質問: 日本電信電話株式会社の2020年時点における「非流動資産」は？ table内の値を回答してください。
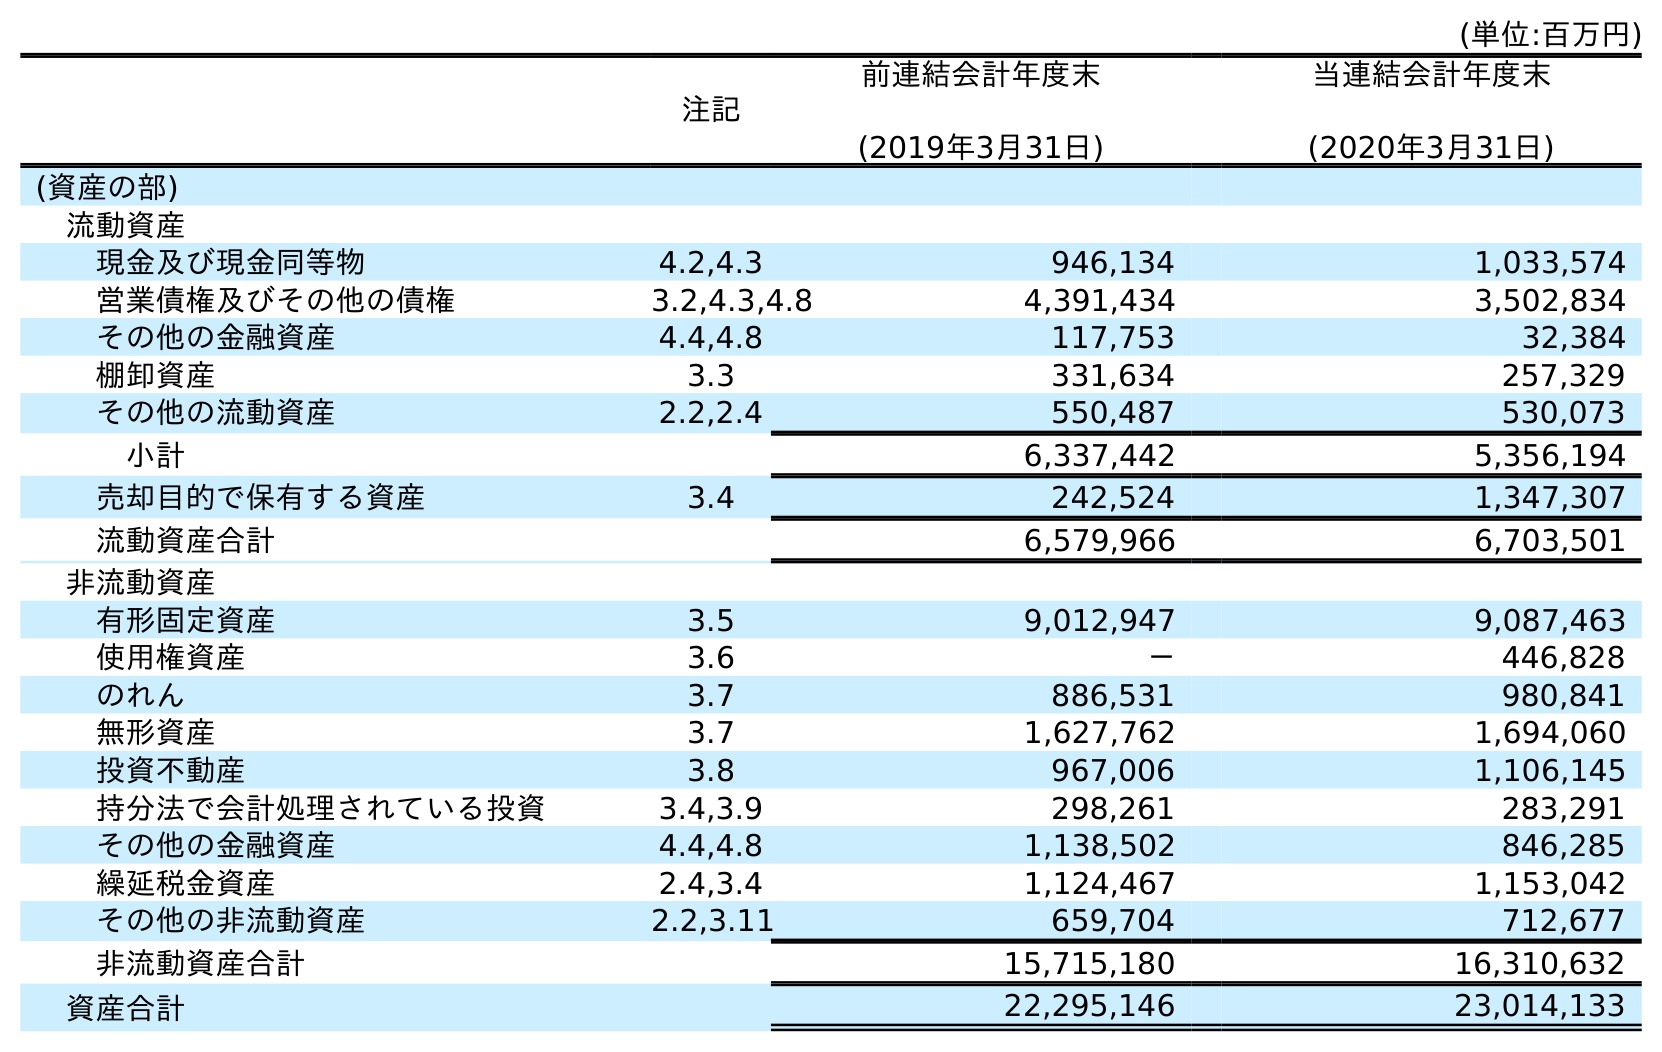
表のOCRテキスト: (単位:百万円) 注記 前連結会計年度末 (2019年3月31日) 当連結会計年度末 (2020年3月31日) (資産の部) 流動資産 現金及び現金同等物 4.2,4.3 946,134 1,033,574 営業債権及びその他の債権 3.2,4.3,4.8 4,391,434 3,502,834 その他の金融資産 4.4,4.8 117,753 32,384 棚卸資産 3.3 331,634 257,329 その他の流動資産 2.2,2.4 550,487 530,073 小計 6,337,442 5,356,194 売却目的で保有する資産 3.4 242,524 1,347,307 流動資産合計 6,579,966 6,703,501 非流動資産 有形固定資産 3.5 9,012,947 9,087,463 使用権資産 3.6 － 446,828 のれん 3.7 886,531 980,841 無形資産 3.7 1,627,762 1,694,060 投資不動産 3.8 967,006 1,106,145 持分法で会計処理されている投資 3.4,3.9 298,261 283,291 その他の金融資産 4.4,4.8 1,138,502 846,285 繰延税金資産 2.4,3.4 1,124,467 1,153,042 その他の非流動資産 2.2,3.11 659,704 712,677 非流動資産合計 15,715,180 16,310,632 資産合計 22,295,146 23,014,133
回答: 16,310,632